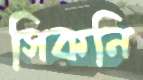
সিকনি